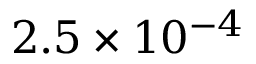
2 . 5 \times 1 0 ^ { - 4 }